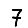
Digit: 7